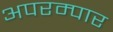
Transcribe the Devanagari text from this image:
अपरम्पार